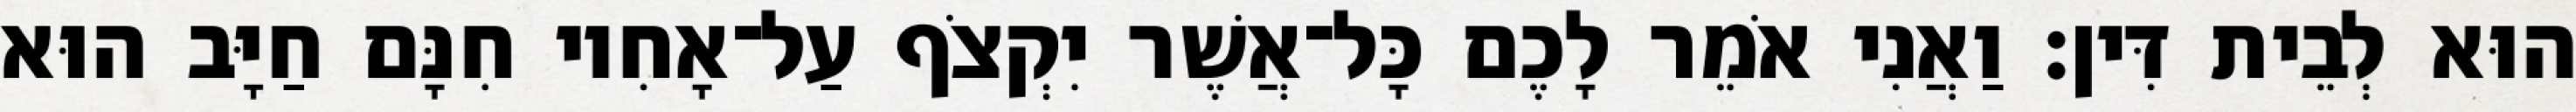
הוּא לְבֵית דִּין׃ וַאֲנִי אֹמֵר לָכֶם כָּל־אֲשֶׁר יִקְצֹף עַל־אָחִיו חִנָּם חַיָּב הוּא